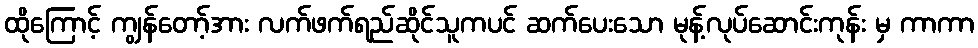
ထိုကြောင့် ကျွန်တော့်အား လက်ဖက်ရည်ဆိုင်သူကပင် ဆက်ပေးသော မုန့်လုပ်ဆောင်းကုန်း မှ ကာကာ